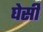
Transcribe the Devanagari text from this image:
घेसी